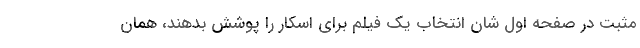
مثبت در صفحه اول شان انتخاب یک فیلم برای اسکار را پوشش بدهند، همان